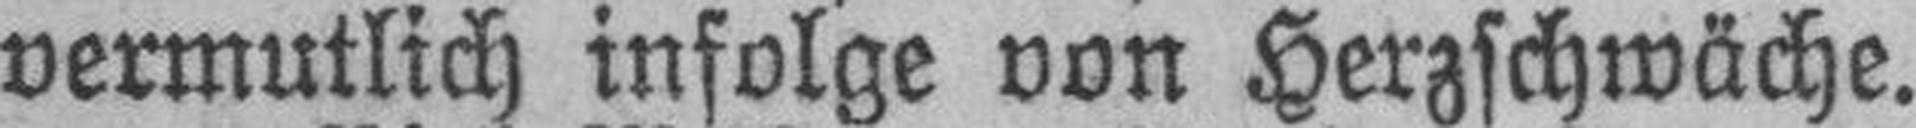
vermutlich infolge von Herzschwäche.